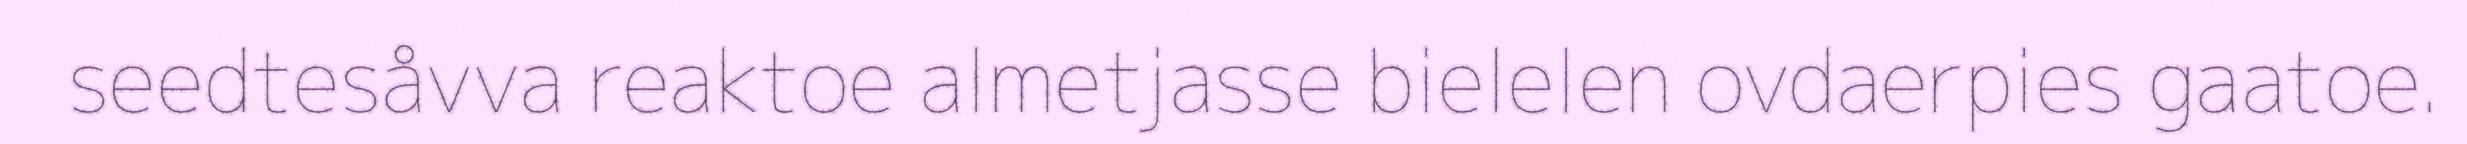
seedtesåvva reaktoe almetjasse bielelen ovdaerpies gaatoe.